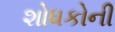
શોધકોની